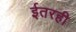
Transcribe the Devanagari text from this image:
ईतरही